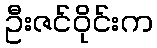
ဦးဇင်ဝိုင်းက